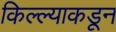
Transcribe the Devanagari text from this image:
किल्ल्याकडून